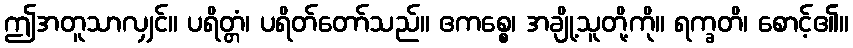
ဤအတူသာလျှင်။ ပရိတ္တံ၊ ပရိတ်တော်သည်။ ဧကစ္စေ၊ အချို့သူတို့ကို။ ရက္ခတိ၊ စောင့်၏။